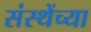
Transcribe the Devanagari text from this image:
संस्थेंच्या